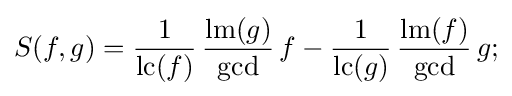
S(f,g)={\frac {1}{\operatorname {lc} (f)}}\,{\frac {\operatorname {lm} (g)}{\mathrm {gcd} }}\,f-{\frac {1}{\operatorname {lc} (g)}}\,{\frac {\operatorname {lm} (f)}{\mathrm {gcd} }}\,g;